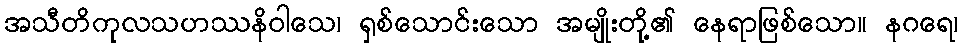
အသီတိကုလသဟဿနိဝါသေ၊ ရှစ်သောင်းသော အမျိုးတို့၏ နေရာဖြစ်သော။ နဂရေ၊